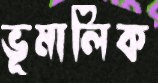
ভূমালিক